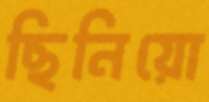
ছিনিয়ো